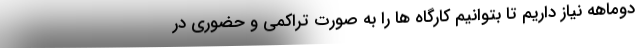
دوماهه نیاز داریم تا بتوانیم کارگاه ها را به صورت تراکمی و حضوری در